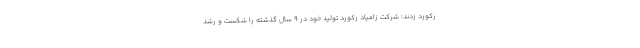
ركورد زدند؛ شركت زامياد رکورد تولید خود در ۹ سال گذشته را شکست و رشد